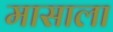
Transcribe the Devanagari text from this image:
मासाला